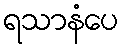
ရသာနံပေ